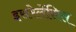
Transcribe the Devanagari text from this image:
इसरेलेंसिस